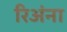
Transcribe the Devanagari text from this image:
रिअंना